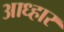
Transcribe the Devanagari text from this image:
आध्हार